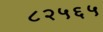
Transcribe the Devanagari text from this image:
८२५६५